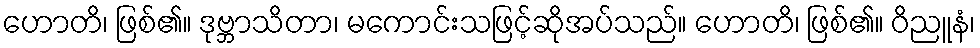
ဟောတိ၊ ဖြစ်၏။ ဒုဗ္ဘာသိတာ၊ မကောင်းသဖြင့်ဆိုအပ်သည်။ ဟောတိ၊ ဖြစ်၏။ ဝိညူနံ၊